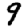
Digit: 9